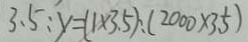
3 . 5 : y = ( 1 \times 3 . 5 ) : ( 2 0 0 0 \times 3 . 5 )